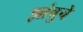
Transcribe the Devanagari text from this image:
झांबुचे